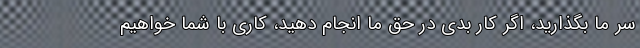
سر ما بگذارید، اگر کار بدی در حق ما انجام دهید، کاری با شما خواهیم